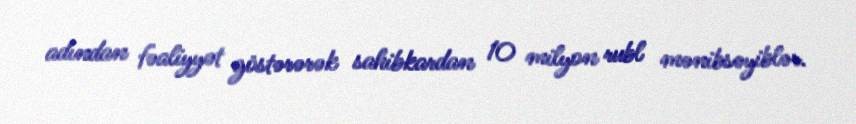
adından fəaliyyət göstərərək sahibkardan 10 milyon rubl mənibsəyiblər.